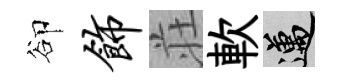
卻饰荘軟邁